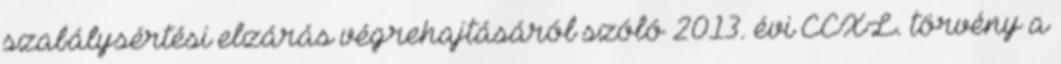
szabálysértési elzárás végrehajtásáról szóló 2013. évi CCXL. törvény a